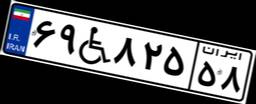
۶۹W۸۲۵۵۸